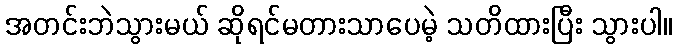
အတင်းဘဲသွားမယ် ဆိုရင်မတားသာပေမဲ့ သတိထားပြီး သွားပါ။